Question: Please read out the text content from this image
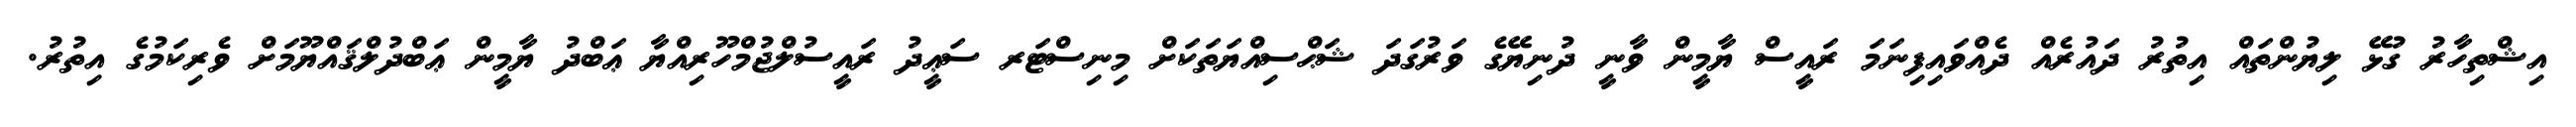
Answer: އިޝްތިހާރު ގުޅޭ ލިޔުންތައް އިތުރު ދައުރެއް ދެއްވައިފިނަމަ ރައީސް ޔާމީން ވާނީ ދުނިޔޭގެ ވަރުގަދަ ޝަޙްސިއްޔަތަކަށް މިނިސްޓަރ ސަޢީދު ރައީސުލްޖުމްހޫރިއްޔާ ޢަބްދު ޔާމީން ޢަބްދުލްޤައްޔޫމަށް ވެރިކަމުގެ އިތުރު.